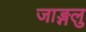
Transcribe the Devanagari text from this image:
जाङ्गलु